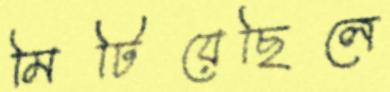
মিটিয়েছিলে